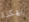
بهكذا